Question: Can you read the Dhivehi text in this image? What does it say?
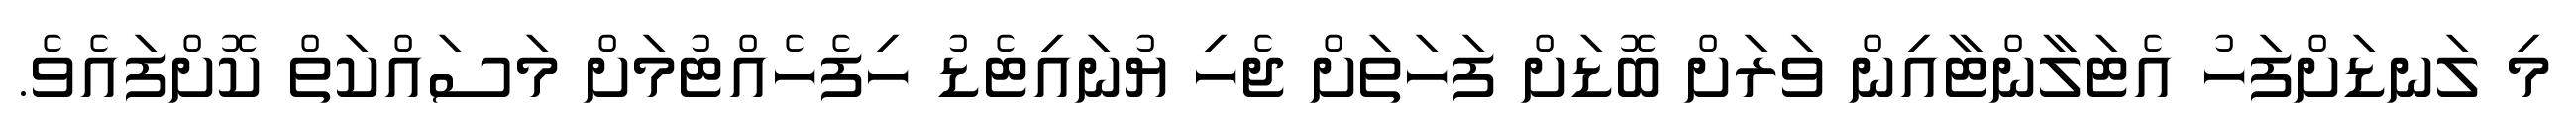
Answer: މި ލަނޑަށްފަހު އެޓަލާންޓާއިން ވަރަށް ބޮޑަށް ފަހަތަށް ޖެހި ޔުނައިޓެޑު ހިފެހެއްޓުމަށް މަސައްކަތް ކޮށްފައެވެ.